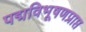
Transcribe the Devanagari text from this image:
पद्मविभूषणप्राप्त